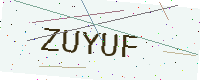
Text: ZUYUF